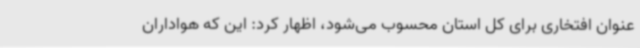
عنوان افتخاری برای کل استان محسوب می‌شود، اظهار کرد: این که هواداران